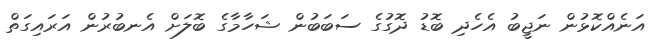
އަނެއްކޮޅުން ނަޖީބު އެހެދި ބޮޑު ދޮގުގެ ސަބަބުން ޝަހާމާގެ ބޮލަށް އެނބުރުން އަރައިގަތް